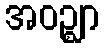
အဝဉ္ဈာ